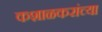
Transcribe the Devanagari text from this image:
कशाळकरांच्या